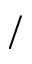
/